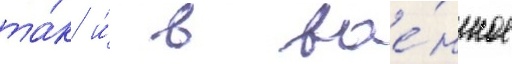
та́к и́ в вое́нное